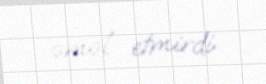
əməl etmirdi.